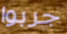
جربوا